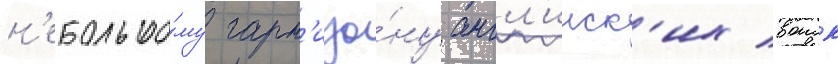
н'ебольшо́му гарн'изо́ну англ'ииск'их воиск